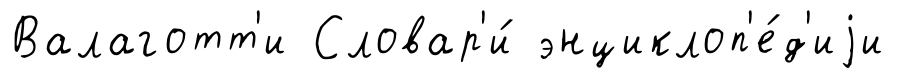
Валаготт'и Словар'и́ энциклоп'е́д'иjи